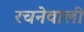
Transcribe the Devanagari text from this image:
रचनेवाली